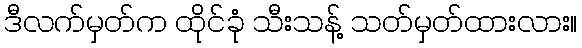
ဒီလက်မှတ်က ထိုင်ခုံ သီးသန့် သတ်မှတ်ထားလား။